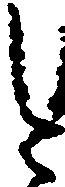
今